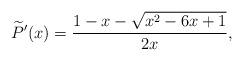
LaTeX: \begin{align*}\widetilde{P}'(x) = \frac{1-x-\sqrt{x^2-6x+1}}{2x},\end{align*}